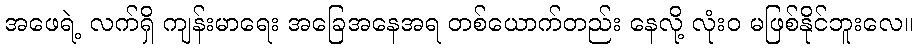
အဖေရဲ့ လက်ရှိ ကျန်းမာရေး အခြေအနေအရ တစ်ယောက်တည်း နေလို့ လုံးဝ မဖြစ်နိုင်ဘူးလေ။